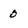
Character: 0